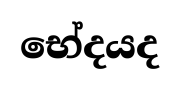
භේදයද